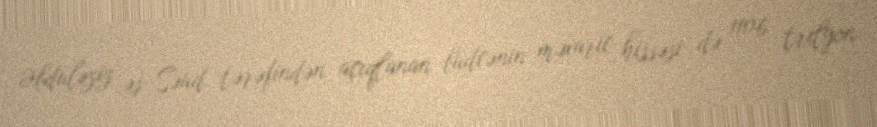
Əbdüləziz əs-Səud tərəfindən açıqlanan büdcənin məxaric hissəsi də 1106 trilyon